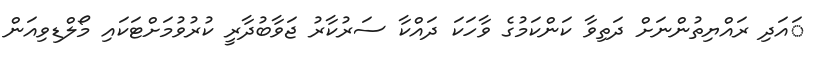
ައަދި ރައްޔިތުންނަށް ދަތިވާ ކަންކަމުގެ ވާހަކަ ދައްކާ ސަރުކާރު ޖަވާބުދާރީ ކުރުވުމަށްޓަކައި މޯލްޑިވިއަން